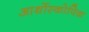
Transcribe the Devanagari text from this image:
आर्थोस्कोपिक